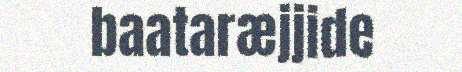
baataræjjide